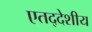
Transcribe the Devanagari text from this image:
एतद्‍देशीय